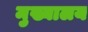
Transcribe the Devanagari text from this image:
मुख्यालय